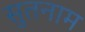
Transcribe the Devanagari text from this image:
सुतनाम